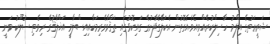
ޝަރީޢަތުގެ އިލްމު ހާސިލްކުރެއްވިއެވެ.އެގޮތުން އެކަލޭގެފާނުގެ ގައިކޮޅުގައި ތަޤްވާވެރިމަކާއިއިސްލާމީ އަޚްލާޤުގެ ރިވެތި ސުލޫކު ވަނީ